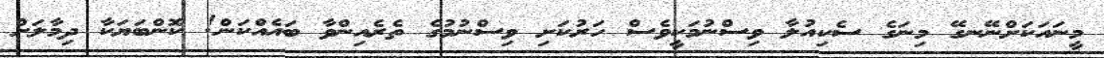
މީނައަކަށްނޭނގޭ މިނަގެ ސެކިއުލާ ވިސްނުމަކީވެސް ހަރުކަށި ވިސްނުމުގެ ތެރެއިންވާ ބައެއްކަން! ކޮންބަޔަކާ ދިމާލަށް